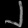
Digit: ၂